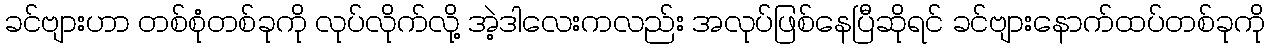
ခင်ဗျားဟာ တစ်စုံတစ်ခုကို လုပ်လိုက်လို့ အဲ့ဒါလေးကလည်း အလုပ်ဖြစ်နေပြီဆိုရင် ခင်ဗျားနောက်ထပ်တစ်ခုကို